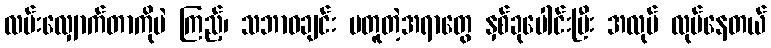
လမ်းလျှောက်တာကိုပဲ ကြည့်၊ သဘာဝချင်း မတူတဲ့အရာတွေ နှစ်ခုပေါင်းပြီး အလုပ် လုပ်နေတယ်